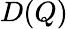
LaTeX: D(Q)